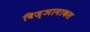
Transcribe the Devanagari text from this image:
विज्ञानाकल